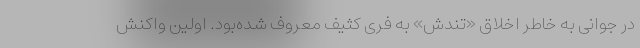
در جوانی به خاطر اخلاق «تندش» به فری کثیف معروف شده‌بود. اولین واکنش